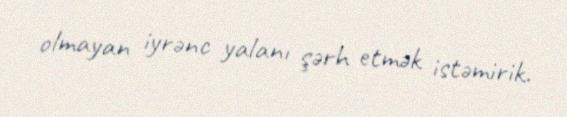
olmayan iyrənc yalanı şərh etmək istəmirik.